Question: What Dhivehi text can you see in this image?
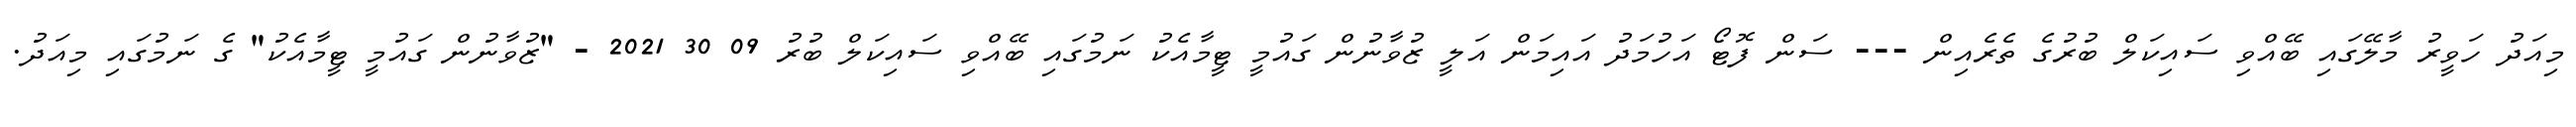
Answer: މިއަދު ހަވީރު މާލޭގައި ބޭއްވި ސައިކަލް ބުރުގެ ތެރެއިން --- ސަން ފޮޓޯ އަހުމަދު އައިމަން އަލީ ޒުވާނުން ގައުމީ ޓީމާއެކު ނަމުގައި ބޭއްވި ސައިކަލް ބުރު 09 30 2021 - "ޒުވާނުން ގައުމީ ޓީމާއެކު" ގެ ނަމުގައި މިއަދު.